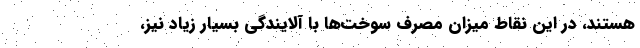
هستند، در این نقاط میزان مصرف سوخت‌ها با آلایندگی بسیار زیاد نیز،